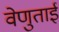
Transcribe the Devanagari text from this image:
वेणुताई